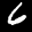
Label: 6